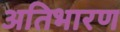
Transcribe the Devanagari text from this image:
अतिभारण